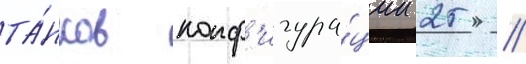
та́нков конф'игура́ции 25 /